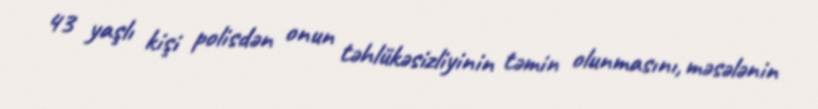
43 yaşlı kişi polisdən onun təhlükəsizliyinin təmin olunmasını, məsələnin